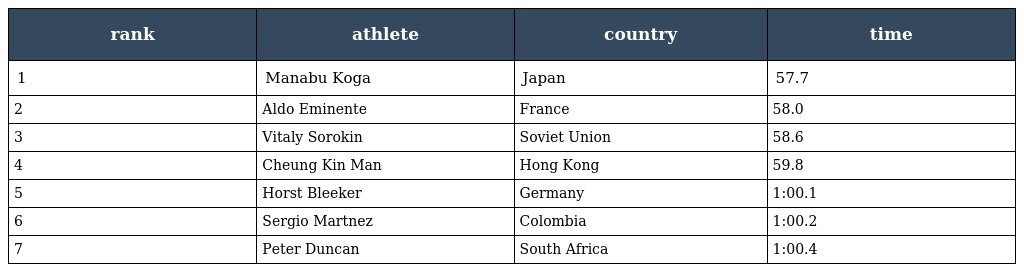
| rank | athlete | country | time |
 | --- | --- | --- | --- |
 | 1 | Manabu Koga | Japan | 57.7 |
 | 2 | Aldo Eminente | France | 58.0 |
 | 3 | Vitaly Sorokin | Soviet Union | 58.6 |
 | 4 | Cheung Kin Man | Hong Kong | 59.8 |
 | 5 | Horst Bleeker | Germany | 1:00.1 |
 | 6 | Sergio Martnez | Colombia | 1:00.2 |
 | 7 | Peter Duncan | South Africa | 1:00.4 |